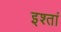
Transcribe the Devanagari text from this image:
इश्तां